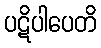
ပဋိပါပေတိ